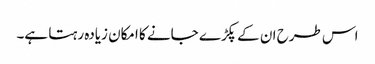
اس طرح ان کے پکڑے جانے کا امکان زیادہ رہتا ہے۔